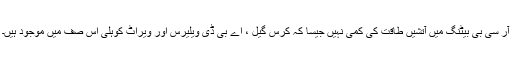
آر سی بی بیٹنگ میں آتشیں طاقت کی کمی نہیں جیسا کہ کرس گیل ، اے بی ڈی ویلیرس اور ویراٹ کوہلی اس صف میں موجود ہیں۔